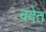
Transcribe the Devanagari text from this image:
वदेत